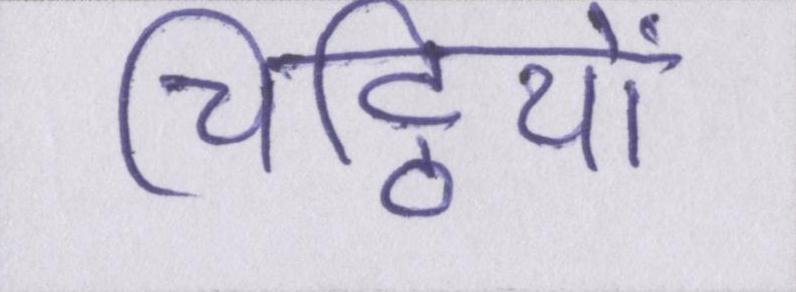
चिट्ठियों